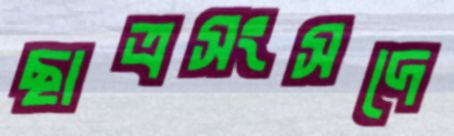
ছাত্রসংসদে